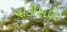
ચાકીસણા